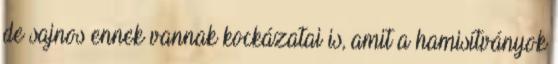
de sajnos ennek vannak kockázatai is, amit a hamisítványok